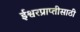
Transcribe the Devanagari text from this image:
ईश्वरप्राप्‍तीसाठी